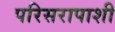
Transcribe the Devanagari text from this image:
परिसरापाशी